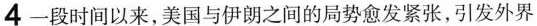
4-段时间以来，美国与伊朗之间的局势愈发紧张，引发外界